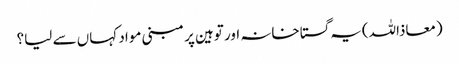
(معاذاللہ)یہ گستاخانہ اور توہین پر مبنی مواد کہاں سے لیا؟